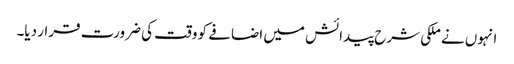
انہوں نے ملکی شرح پیدائش میں اضافے کو وقت کی ضرورت قرار دیا۔